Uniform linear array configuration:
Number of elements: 8
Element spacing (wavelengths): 0.25
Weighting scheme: binomial
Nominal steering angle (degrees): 60
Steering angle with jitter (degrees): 60.693
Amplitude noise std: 0.05
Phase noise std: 0.05

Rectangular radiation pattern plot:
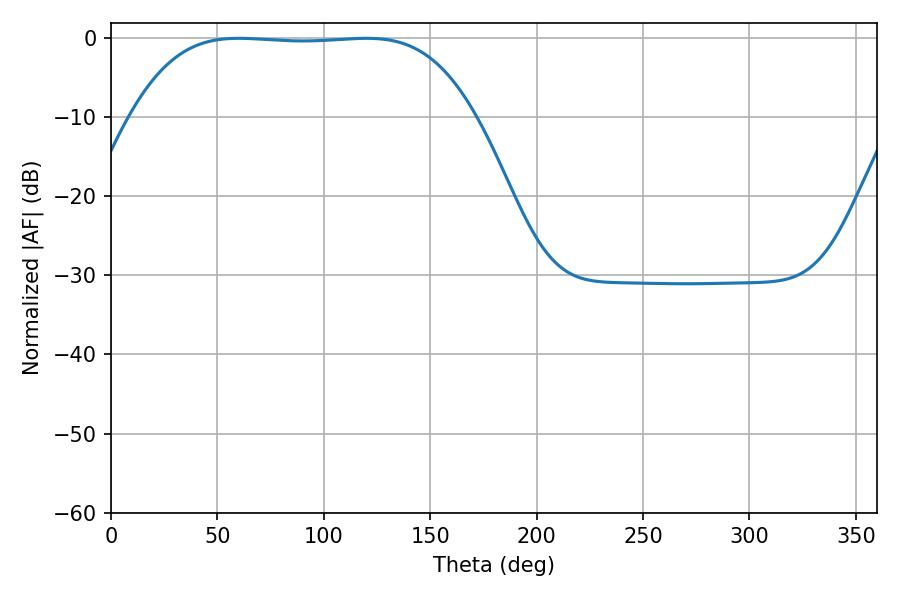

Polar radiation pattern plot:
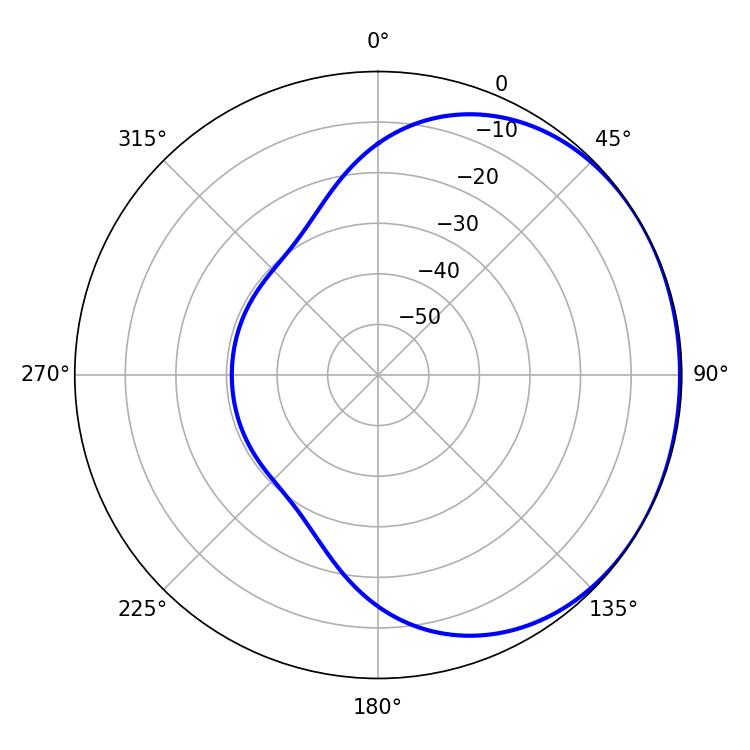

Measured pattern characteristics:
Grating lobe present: FALSE
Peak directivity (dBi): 0.7435
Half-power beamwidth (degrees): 124.56
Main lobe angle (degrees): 59.94